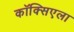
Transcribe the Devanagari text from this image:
कॉक्सिएला